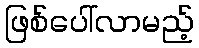
ဖြစ်ပေါ်လာမည့်